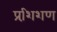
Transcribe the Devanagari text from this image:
प्रशि़शण